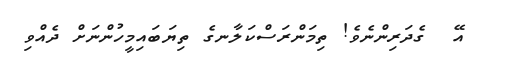
އޭ  ގެދަރިންނެވެ! ތިމަންރަސްކަލާނގެ ތިޔަބައިމީހުންނަށް ދެއްވި